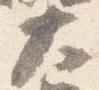
大